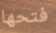
فتحها